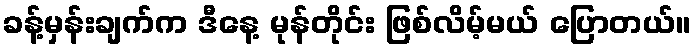
ခန့်မှန်းချက်က ဒီနေ့ မုန်တိုင်း ဖြစ်လိမ့်မယ် ပြောတယ်။